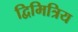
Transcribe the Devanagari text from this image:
द्विमित्रिय